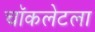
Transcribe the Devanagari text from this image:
चॉकलेटला